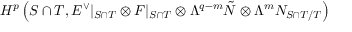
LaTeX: H ^ { p } \left( { S \cap T } , { \cal E } ^ { \vee } | _ { S \cap T } \otimes { \cal F } | _ { S \cap T } \otimes \Lambda ^ { q - m } \tilde { N } \otimes \Lambda ^ { m } N _ { S \cap T / T } \right)